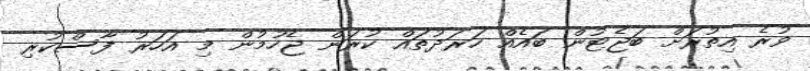
ވުރެ އިތުރަށް ބަޖެޓުން ބައެއް ހަރަދުތައް ކުރަން ޖެހުމުން މި އަހަރު ފާސްކުރި